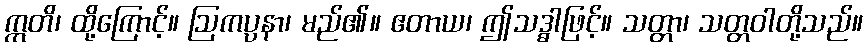
ဣတိ၊ ထို့ကြောင့်။ ဩကပ္ပနာ၊ မည်၏။ ဧတာယ၊ ဤသဒ္ဓါဖြင့်။ သတ္တာ၊ သတ္တဝါတို့သည်။